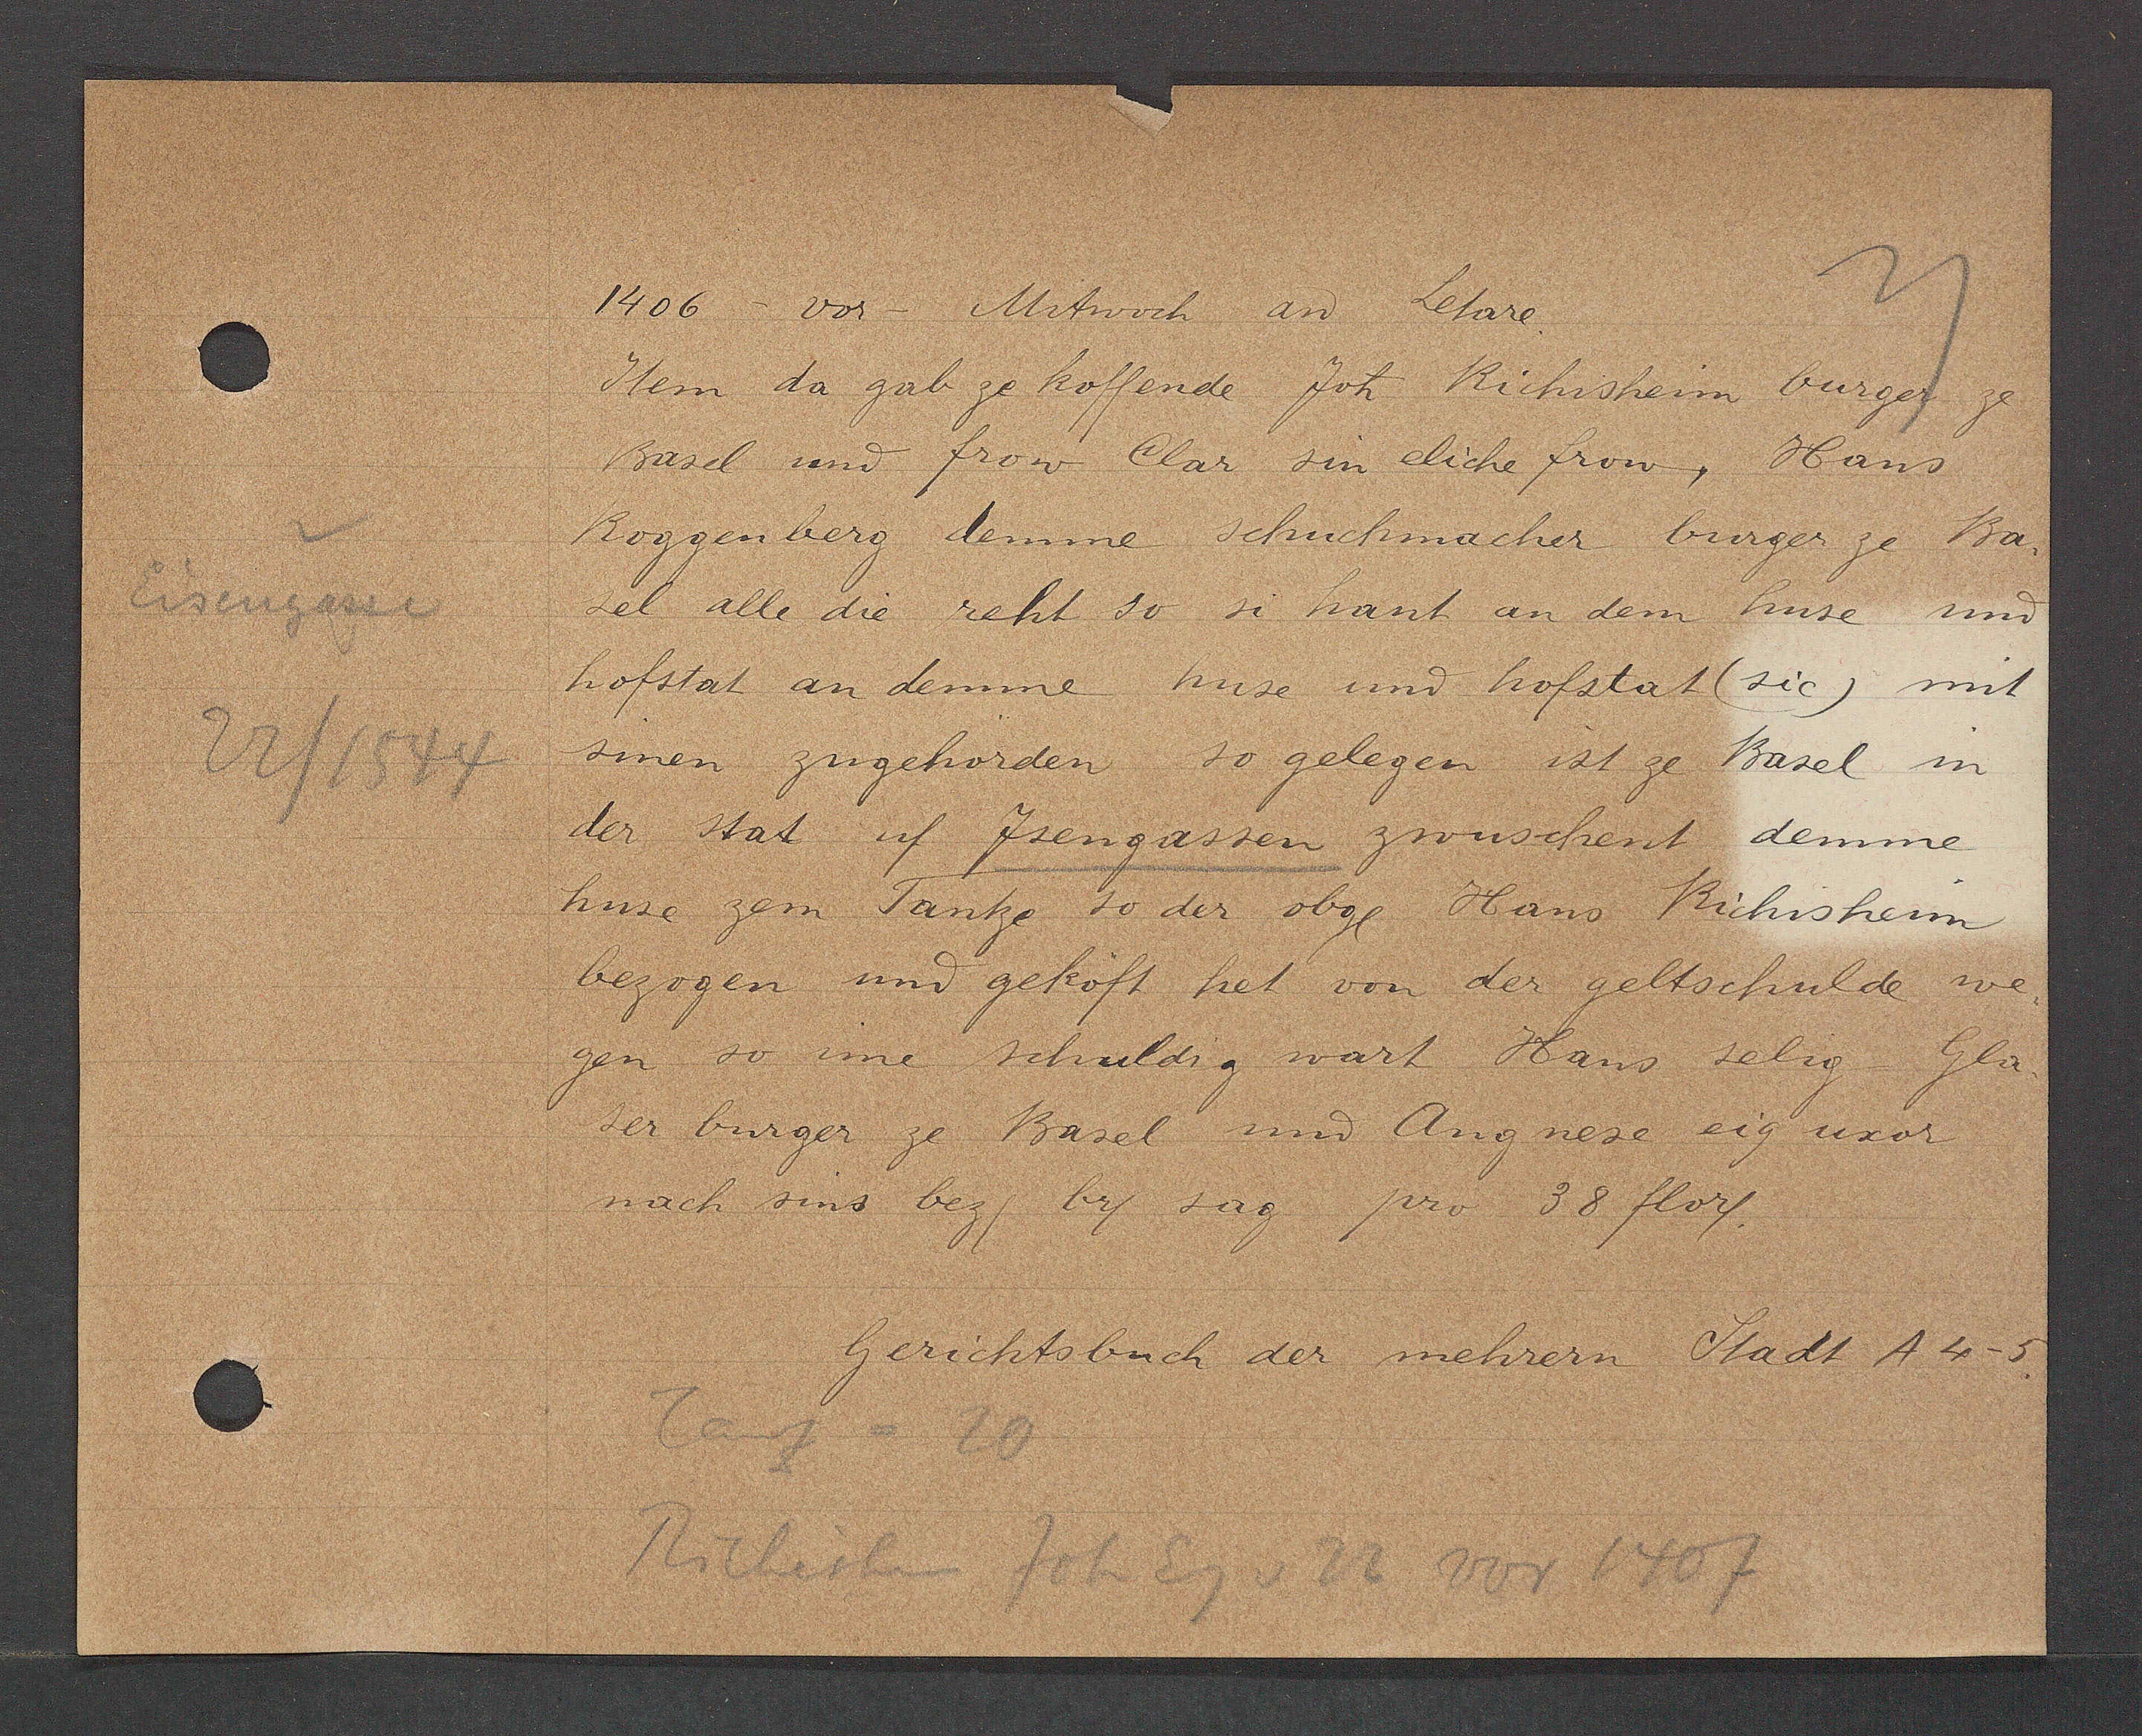
Transcript:
1406 - vor - Mitwoch aȵ Letare.

Item da gab ze koffende Joh Richisheim burger ze
Basel und Frow Clar sin eliche Frow, Hans
Roggenberg demme Schuchmacher burger ze Ba-
sel alle die reht so si hant an dem huse und
hofstat an demme huse und hofstat (sic) mit
sinen zugehorden so gelegen ist ze Basel in
der stat uf Jsengassen zwuschent demme
huse zem Tantze so der obge Hans Richisheim
bezogen und geköft het von der geltschulde we-
gen so ime schuldig wart Hans selig Gla-
ser burger ze Basel und Angnese eig uxor
nach sins bez/ br/ sag pro 38 flor/.
Gerichtsbuch der mehrern Stadt A 4-5.
Tanz = 20

Eisengasse

22/1544

Richisheim Joh Eig v 22 vor 1407